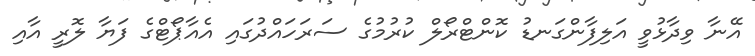
އޭނާ ވިދާޅުވީ އަލިފާންގަނޑު ކޮންޓްރޯލް ކުރުމުގެ ސަރަހައްދުގައި އެއާޕޯޓްގެ ފަޔާ ލޮރީ އާއި